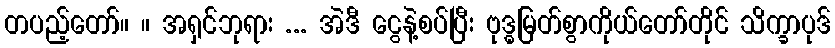
တပည့်တော်။ ။ အရှင်ဘုရား ... အဲဒီ ငွေနဲ့စပ်ပြီး ဗုဒ္ဓမြတ်စွာကိုယ်တော်တိုင် သိက္ခာပုဒ်